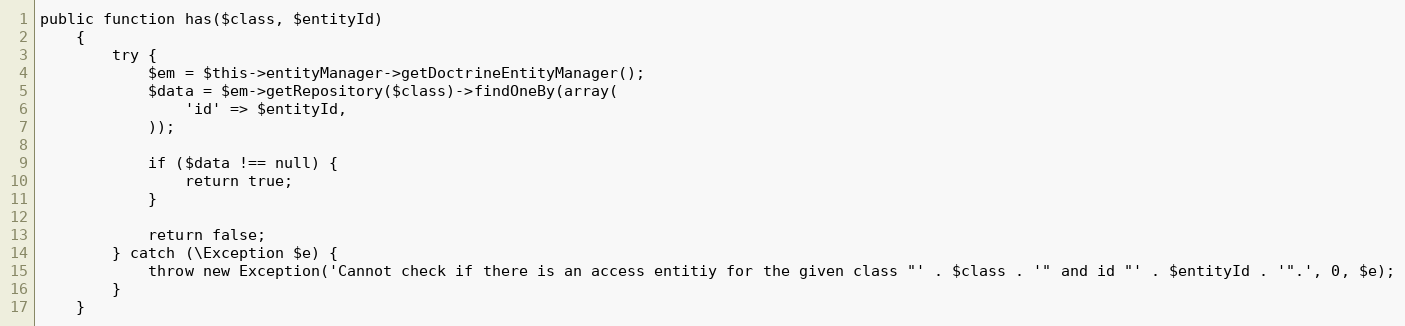
Language: PHP
public function has($class, $entityId)
    {
        try {
            $em = $this->entityManager->getDoctrineEntityManager();
            $data = $em->getRepository($class)->findOneBy(array(
                'id' => $entityId,
            ));

            if ($data !== null) {
                return true;
            }

            return false;
        } catch (\Exception $e) {
            throw new Exception('Cannot check if there is an access entitiy for the given class "' . $class . '" and id "' . $entityId . '".', 0, $e);
        }
    }